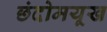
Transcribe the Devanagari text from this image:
छंदोमयूख